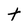
Character: t